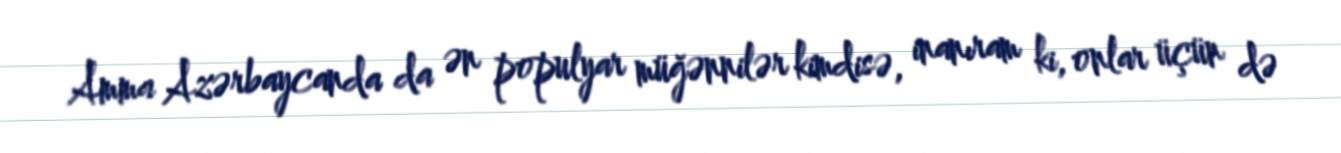
Amma Azərbaycanda da ən populyar müğənnilər kimdisə, inanıram ki, onlar üçün də